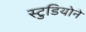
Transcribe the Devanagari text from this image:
स्टुडियोने